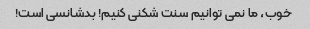
خوب، ما نمی توانیم سنت شکنی کنیم! بدشانسی است!